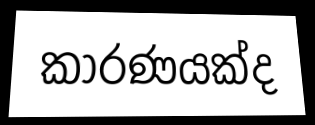
කාරණයක්ද